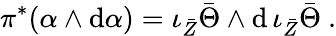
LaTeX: \pi^{*}(\alpha\wedge\mathrm{d}\alpha)=\iota_{\bar{Z}}\bar{\Theta}\wedge\mathrm{d}\, \iota_{\bar{Z}}\bar{\Theta}\ .